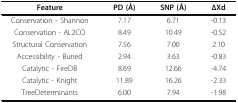
<table><thead><tr><td><b>Feature</b></td><td><b>PD (Å)</b></td><td><b>SNP (Å)</b></td><td><b>∆Xd</b></td></tr></thead><tbody><tr><td>Conservation - Shannon</td><td>7.17</td><td>6.71</td><td>-0.13</td></tr><tr><td>Conservation - AL2CO</td><td>8.49</td><td>10.49</td><td>-0.52</td></tr><tr><td>Structural Conservation</td><td>7.56</td><td>7.00</td><td>2.10</td></tr><tr><td>Accessibility - Buried</td><td>2.94</td><td>3.63</td><td>-0.83</td></tr><tr><td>Catalytic - FireDB</td><td>8.69</td><td>12.66</td><td>-4.74</td></tr><tr><td>Catalytic - Knight</td><td>11.89</td><td>16.26</td><td>-2.33</td></tr><tr><td>TreeDeterminants</td><td>6.00</td><td>7.94</td><td>-1.98</td></tr></tbody></table>